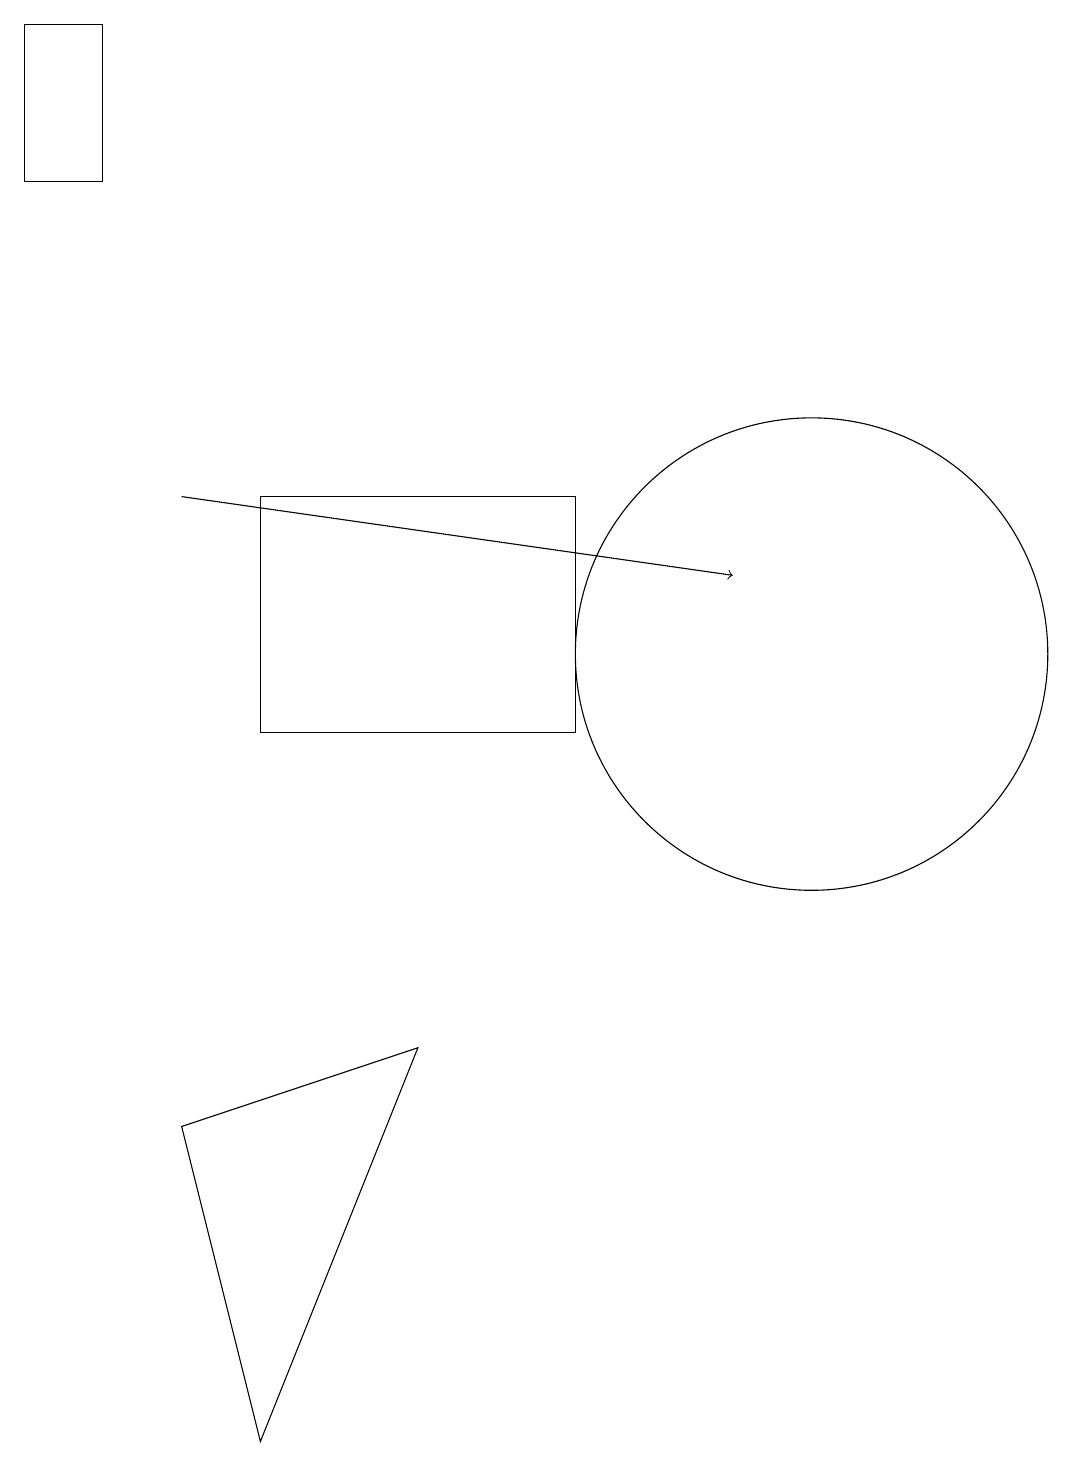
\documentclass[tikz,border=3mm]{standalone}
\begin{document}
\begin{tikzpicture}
\draw (7,10) rectangle (3,13);
\draw (10,11) circle (3);
\draw (3,1) -- (2,5) -- (5,6) -- cycle;
\draw[->] (2,13) -- (9,12);
\draw (0,19) rectangle (1,17);
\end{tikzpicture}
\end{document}